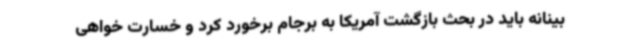
بینانه باید در بحث بازگشت آمریکا به برجام برخورد کرد و خسارت خواهی